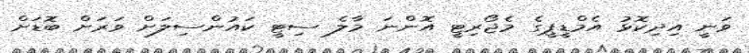
ވަނީ އިދިކޮޅު އެމްޑީޕީގެ މެޖޯރިޓީ އޮންނަ މާލެ ސިޓީ ކައުންސިލަށް ވަރަށް ބޮޑަށް